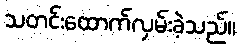
သတင်းထောက်လှမ်းခဲ့သည်။